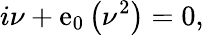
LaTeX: i\nu+\mathrm{e}_{0}\left(\nu^{2}\right)=0,